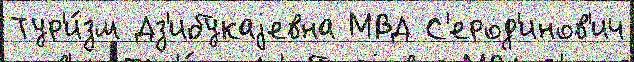
Тур'и́зм Дз'ибукаjевна МВД С'ерод'инов'ич